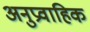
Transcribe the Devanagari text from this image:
अनुप्रवाहिक